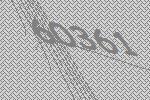
60361